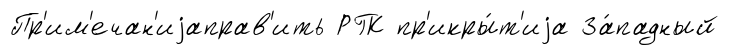
Пр'им'ечан'иjаправ'ить РГК пр'икры́т'иjа За́падный